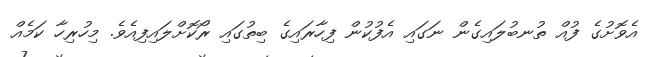
އެވޮށުގެ ފުއް ތުނބުލައިގެން ނަގައި އެފުކުން ފިހާރައިގެ ބިތުގައި ރޯކޮށްލައިފިއެވެ. މިހުރިހާ ކަމެއް